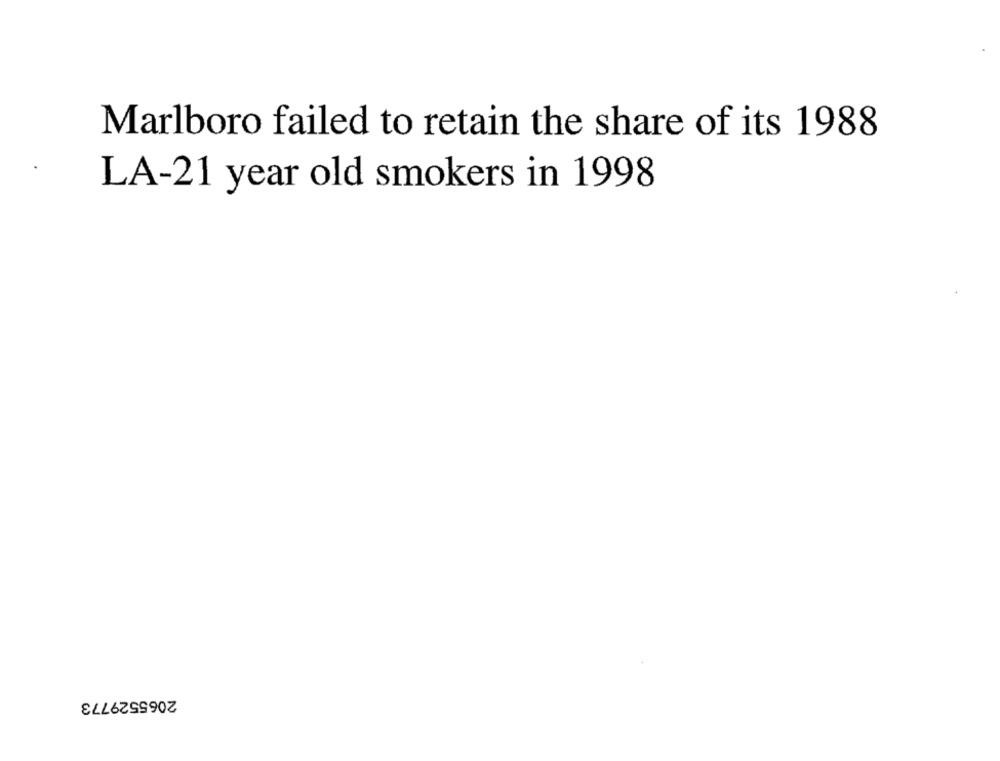
Marlboro failed to retain the share of its 1988
LA-21 year old smokers in 1998
2065529773